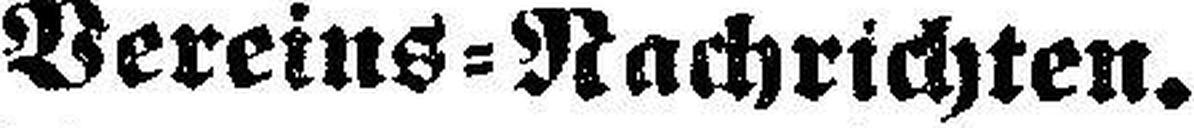
Vereins=Nachrichten.